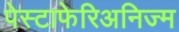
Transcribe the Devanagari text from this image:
पेस्टाफेरिअनिज्म